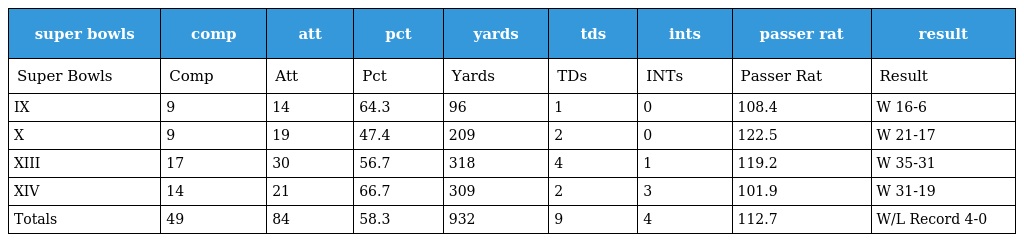
| super bowls | comp | att | pct | yards | tds | ints | passer rat | result |
 | --- | --- | --- | --- | --- | --- | --- | --- | --- |
 | Super Bowls | Comp | Att | Pct | Yards | TDs | INTs | Passer Rat | Result |
 | IX | 9 | 14 | 64.3 | 96 | 1 | 0 | 108.4 | W 16-6 |
 | X | 9 | 19 | 47.4 | 209 | 2 | 0 | 122.5 | W 21-17 |
 | XIII | 17 | 30 | 56.7 | 318 | 4 | 1 | 119.2 | W 35-31 |
 | XIV | 14 | 21 | 66.7 | 309 | 2 | 3 | 101.9 | W 31-19 |
 | Totals | 49 | 84 | 58.3 | 932 | 9 | 4 | 112.7 | W/L Record 4-0 |